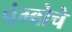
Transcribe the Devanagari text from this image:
पंग्बोचे